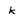
Character: k